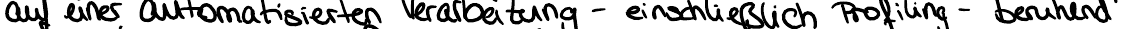
auf einer automatisierten Verarbeitung - einschließlich Profiling - beruhend